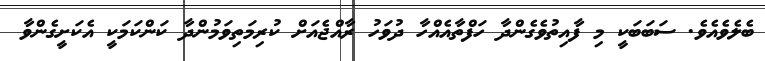
ބެލެވެއެވެ. ސަބަބަކީ މި ފާއިތުވެގެންދާ ހަފްތާއެއްހާ ދުވަހު ރާއްޖެއަށް ކުރިމަތިވަމުންދާ ކަންކަމަކީ އެކަށީގެންވާ